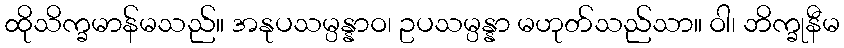
ထိုသိက္ခမာန်မသည်။ အနုပသမ္ပန္နာဝ၊ ဥပသမ္ပန္နာ မဟုတ်သည်သာ။ ဝါ၊ ဘိက္ခုနီမ